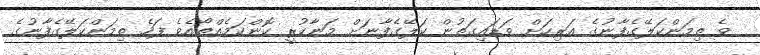
ވެ ތިމަންކަލޭގެފާނުގެ އަރިހަށް ވަޑައިގަތުން ކަލޭގެފާނަށް މަނާކުރީ ކޮންކަމެއްތޯއެވެ ފަހެ ތިމަންކަލޭގެފާނުގެ